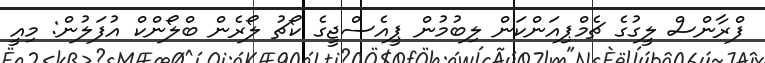
ފްރާންސް ލީގުގެ ޗެމްޕިއަންކަން ލިބުމުން ޕީއެސްޖީގެ ކޯޗު ލޯރެން ބްލޯންކް އުފަލުން: މިއީ